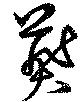
葬